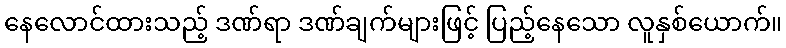
နေလောင်ထားသည့် ဒဏ်ရာ ဒဏ်ချက်များဖြင့် ပြည့်နေသော လူနှစ်ယောက်။